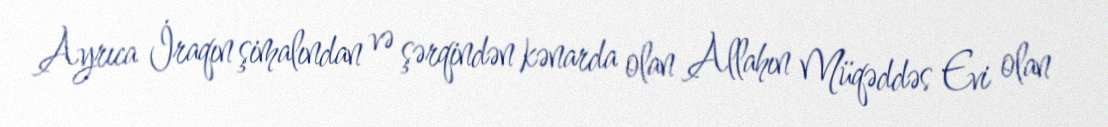
Ayrıca İraqın şimalından və şərqindən kənarda olan Allahın Müqəddəs Evi olan